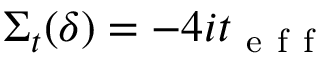
\Sigma _ { t } ( \delta ) = - 4 i t _ { \mathrm { ~ e ~ f ~ f ~ } }